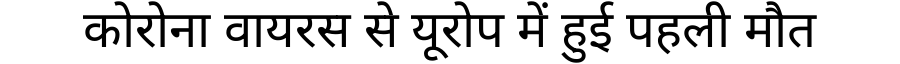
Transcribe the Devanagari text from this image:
कोरोना वायरस से यूरोप में हुई पहली मौत